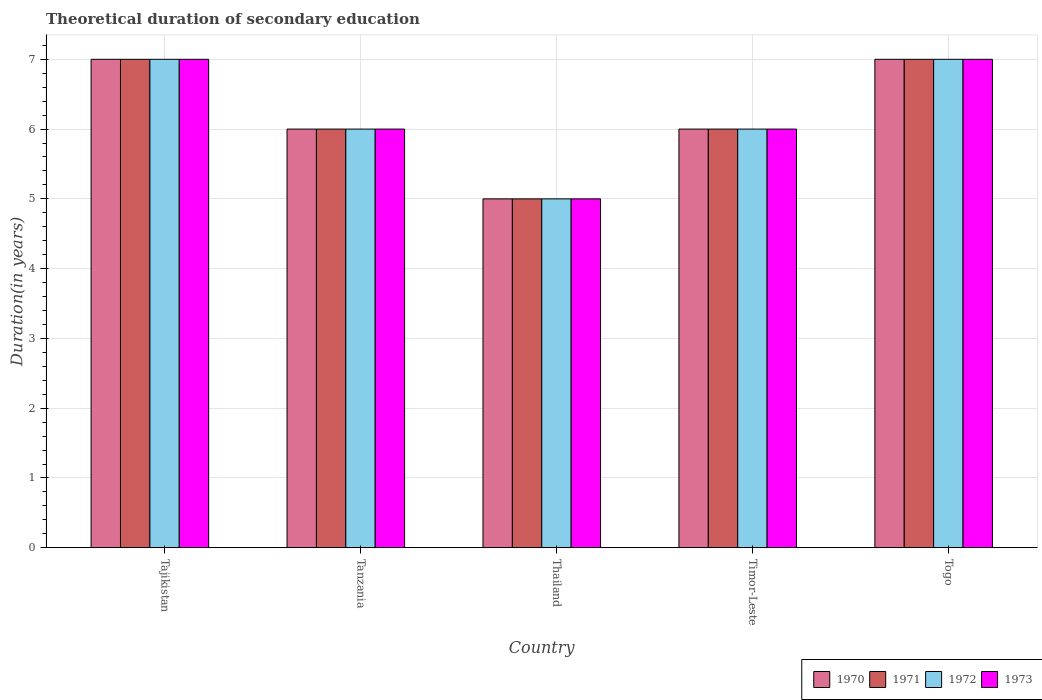
| Country | 1970 | 1971 | 1972 | 1973 |
 | --- | --- | --- | --- | --- |
 | Tajikistan | 7 | 7 | 7 | 7 |
 | Tanzania | 6 | 6 | 6 | 6 |
 | Thailand | 5 | 5 | 5 | 5 |
 | Timor-Leste | 6 | 6 | 6 | 6 |
 | Togo | 7 | 7 | 7 | 7 |